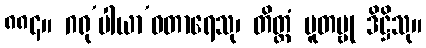
၈၈၄။ ဂရု’ပါယာ’ဝတာရေသု၊ တိတ္ထံ ပူတမ္ဗု ဒိဋ္ဌိသု။